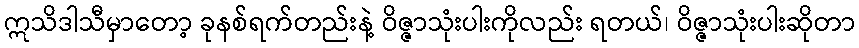
ဣသိဒါသီမှာတော့ ခုနစ်ရက်တည်းနဲ့ ဝိဇ္ဇာသုံးပါးကိုလည်း ရတယ်၊ ဝိဇ္ဇာသုံးပါးဆိုတာ